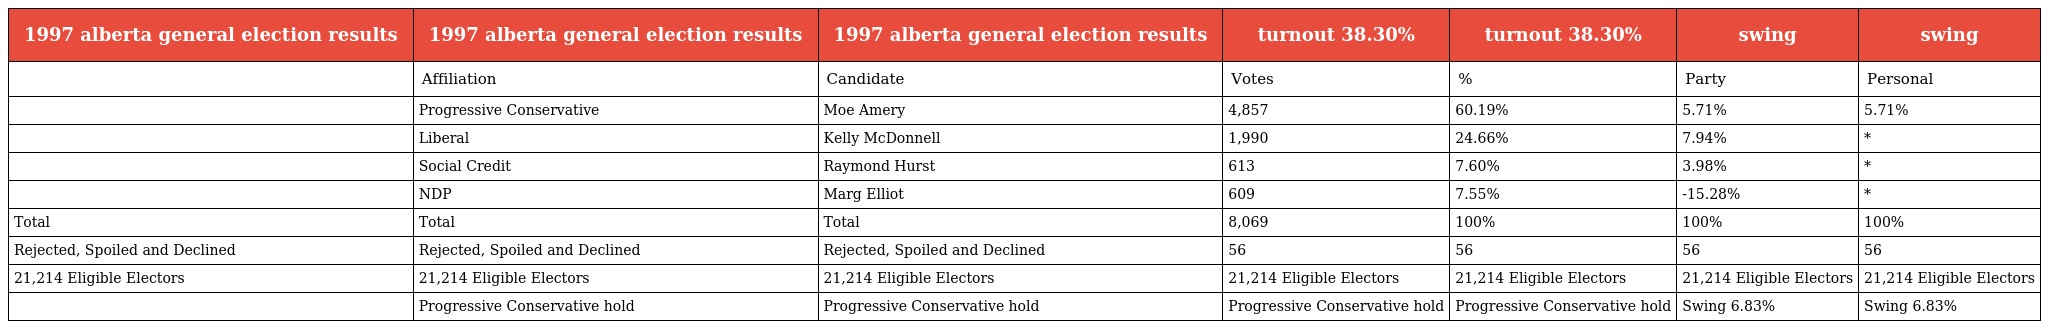
| 1997 alberta general election results | 1997 alberta general election results | 1997 alberta general election results | turnout 38.30% | turnout 38.30% | swing | swing |
 | --- | --- | --- | --- | --- | --- | --- |
 |  | Affiliation | Candidate | Votes | % | Party | Personal |
 |  | Progressive Conservative | Moe Amery | 4,857 | 60.19% | 5.71% | 5.71% |
 |  | Liberal | Kelly McDonnell | 1,990 | 24.66% | 7.94% | * |
 |  | Social Credit | Raymond Hurst | 613 | 7.60% | 3.98% | * |
 |  | NDP | Marg Elliot | 609 | 7.55% | -15.28% | * |
 | Total | Total | Total | 8,069 | 100% | 100% | 100% |
 | Rejected, Spoiled and Declined | Rejected, Spoiled and Declined | Rejected, Spoiled and Declined | 56 | 56 | 56 | 56 |
 | 21,214 Eligible Electors | 21,214 Eligible Electors | 21,214 Eligible Electors | 21,214 Eligible Electors | 21,214 Eligible Electors | 21,214 Eligible Electors | 21,214 Eligible Electors |
 |  | Progressive Conservative hold | Progressive Conservative hold | Progressive Conservative hold | Progressive Conservative hold | Swing 6.83% | Swing 6.83% |